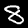
Digit: 8